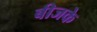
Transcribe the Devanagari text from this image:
बीजके